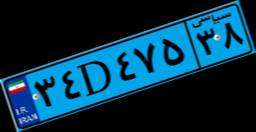
۳۴D۴۷۵۳۸